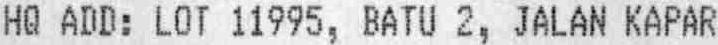
HQ ADD: LOT 11995, BATU 2, JALAN KAPAR